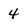
Character: 4